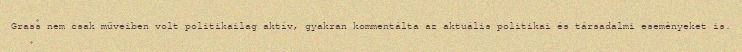
Grass nem csak műveiben volt politikailag aktív, gyakran kommentálta az aktuális politikai és társadalmi eseményeket is.